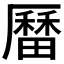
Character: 𪠚